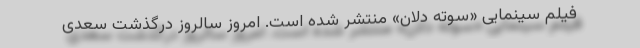
فیلم سینمایی «سوته دلان» منتشر شده است. امروز سالروز درگذشت سعدی